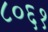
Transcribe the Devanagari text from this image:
८०६१